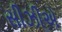
સીઝીએ